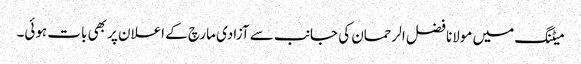
میٹنگ میں مولانا فضل الرحمان کی جانب سے آزادی مارچ کے اعلان پر بھی بات ہوئی۔